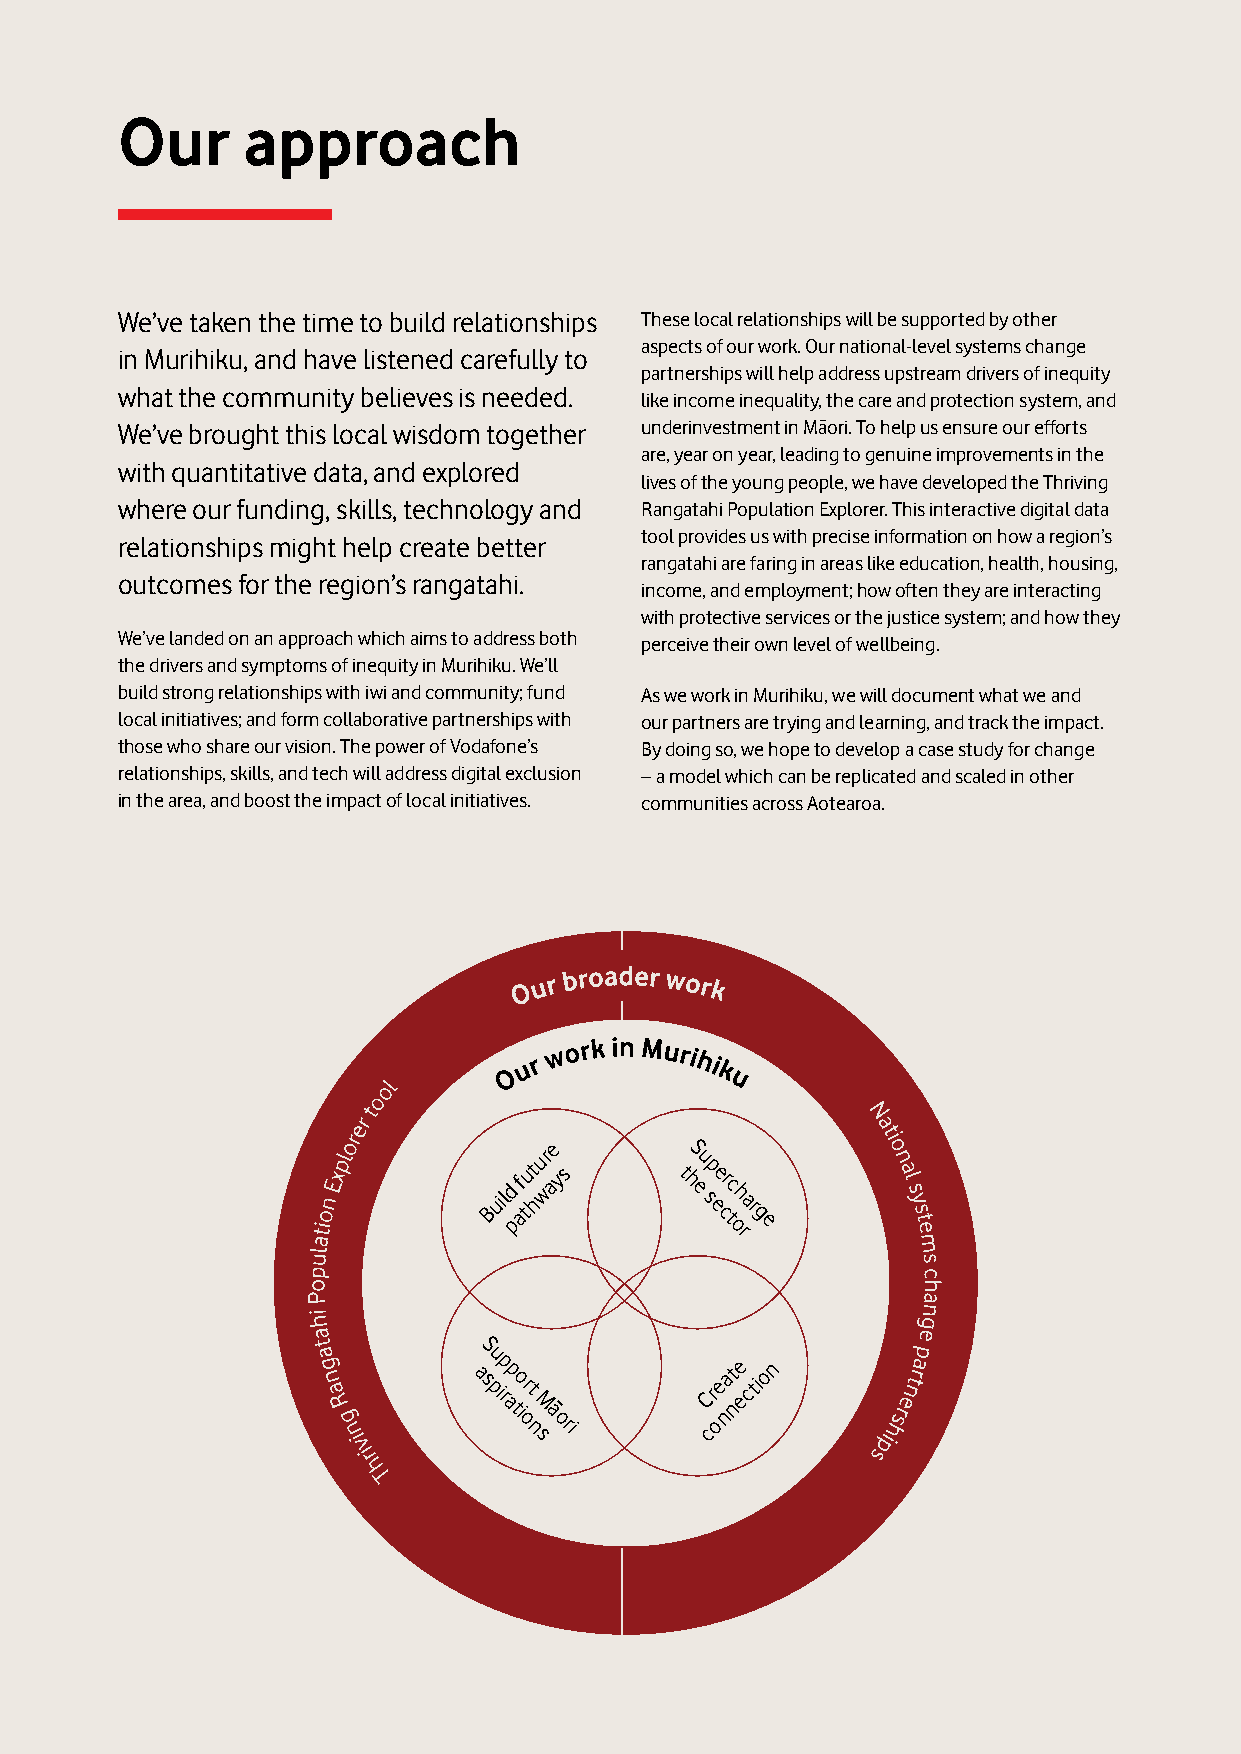
Our     approach
 We’ve taken the time to build relationships These local relationships will be supported by other
 aspects of our work. Our national-level systems change
 in Murihiku, and have listened carefully to
 partnerships will help address upstream drivers of inequity
 what the community believes is needed.
 like income inequality, the care and protection system, and
 We’ve brought this local wisdom together underinvestment in Māori. To help us ensure our efforts
 are, year on year, leading to genuine improvements in the
 with quantitative data, and explored
 lives of the young people, we have developed the Thriving
 where our funding, skills, technology and Rangatahi Population Explorer. This interactive digital data
 tool provides us with precise information on how a region’s
 relationships might help create better
 rangatahi are faring in areas like education, health, housing,
 outcomes for the region’s rangatahi.
 income, and employment; how often they are interacting
 with protective services or the justice system; and how they
 We’ve landed on an approach which aims to address both perceive their own level of wellbeing.
 the drivers and symptoms of inequity in Murihiku. We’ll
 build strong relationships with iwi and community; fund As we work in Murihiku, we will document what we and
 local initiatives; and form collaborative partnerships with our partners are trying and learning, and track the impact.
 those who share our vision. The power of Vodafone’s By doing so, we hope to develop a case study for change
 relationships, skills, and tech will address digital exclusion – a model which can be replicated and scaled in other
 in the area, and boost the impact of local initiatives. communities across Aotearoa.
 ure       S
 u
 Build
 p
 f atut hways t h e sp ee cr tc oh
 rar
 g
 e
 S
 a s
 pu
 ip
 rp ort
 Create
 e
 ction
 atiM
 ā
 nn
 o
 n
 sori        co